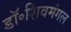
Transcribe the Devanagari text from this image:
डॉ॰शिवमंगल